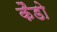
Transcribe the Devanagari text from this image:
कैडो